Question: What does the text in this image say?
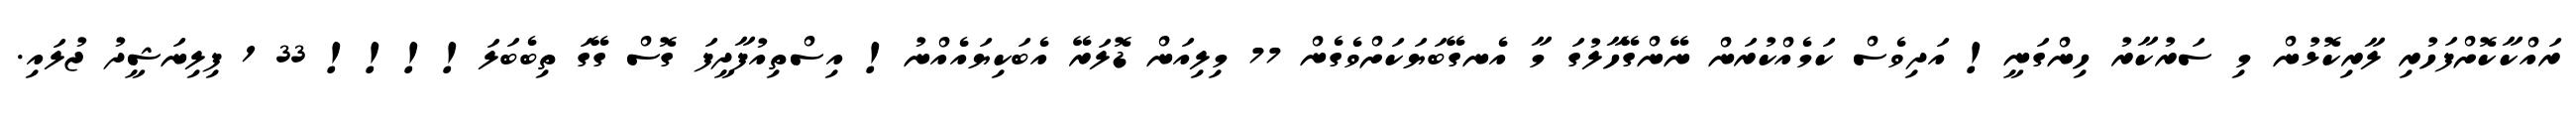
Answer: ރައްކާކޮށްފަހުރި ލާރިކޮޅުން މި ސަރުކާރު ހިންގަނީ! އަދިވެސް ކަމެއްކުރަން ނޭންގޭހާލުގަ މާ އެނގޭބަޔަކަށްވެގެން 77 މިލިއަން ޑޮލަރޭ އެބަކިޔައެއްނު! އިސްތިއުފާދީފަ ގޮސް ގޭގަ ތިބެބަލަ!!!! 33 1 ފިލިނަޝީދު ޖުލައި.